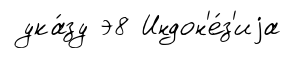
ука́зу э8 Индон'е́з'иjа